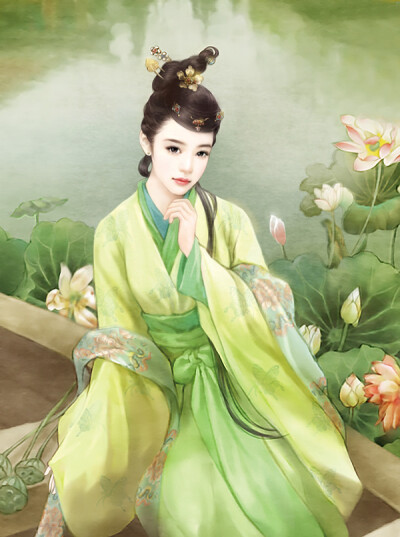
罗袂从风轻举，愁杀采莲女！